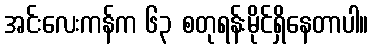
အင်းလေးကန်က ၆၃ စတုရန်းမိုင်ရှိနေတာပါ။